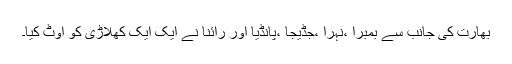
بھارت کی جانب سے بمبرا ،نہرا ،جڈیجا ،پانڈیا اور رائنا نے ایک ایک کھلاڑی کو آوٹ کیا۔